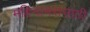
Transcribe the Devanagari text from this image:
महिनाभरासाठी